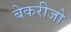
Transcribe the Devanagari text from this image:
बेकरीजो